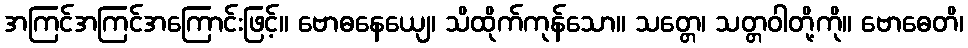
အကြင်အကြင်အကြောင်းဖြင့်။ ဗောဓနေယျေ၊ သိထိုက်ကုန်သော။ သတ္တေ၊ သတ္တဝါတို့ကို။ ဗောဓေတိ၊